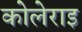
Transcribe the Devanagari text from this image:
कोलेराइ